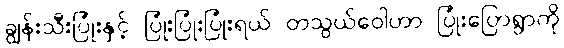
ချွန်းသီးပြုံးနှင့် ပြုံးပြုံးပြုံးရယ် တသွယ်ဝေါဟာ ပြုံးပြောရွာကို